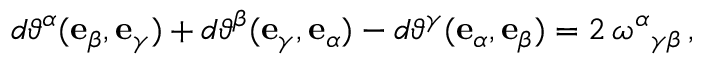
d \vartheta ^ { \alpha } ( \mathbf { e } _ { \beta } , \mathbf { e } _ { \gamma } ) + d \vartheta ^ { \beta } ( \mathbf { e } _ { \gamma } , \mathbf { e } _ { \alpha } ) - d \vartheta ^ { \gamma } ( \mathbf { e } _ { \alpha } , \mathbf { e } _ { \beta } ) = 2 \, \omega ^ { \alpha } { } _ { \gamma \beta } \, ,